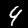
Label: 4